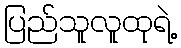
ပြည်သူလူထုရဲ့